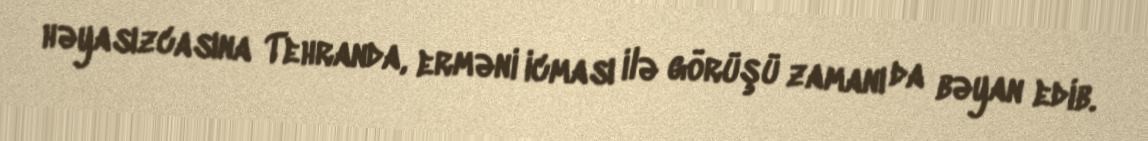
həyasızcasına Tehranda, erməni icması ilə görüşü zamanı da bəyan edib.